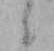
ニ